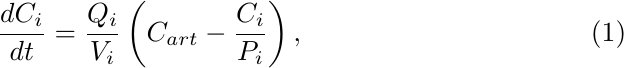
\begin{equation}
\frac{dC_i}{dt}=\frac{Q_i}{V_i}\left(C_{art}-\frac{C_i}{P_i}\right),\label{eq:transport}
\end{equation}